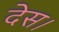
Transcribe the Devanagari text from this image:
देस।